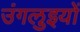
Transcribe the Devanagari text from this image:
उंगलुइयों